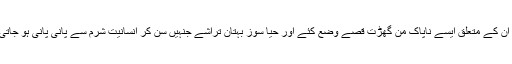
مگر انتہائی افسوس و تعجب ان اہل کتاب پر ہے جنہوں نے نبیوں کو نبی مان کر ان کے متعلق ایسے ناپاک من گھڑت قصّے وضع کئے اور حیا سوز بہتان تراشے جنہیں سن کر انسانیت شرم سے پانی پانی ہو جاتی ہے اور ایک انتہائی گنہگار آدمی بھی ان کے تصور سے نفرت کرنے لگتا ہے۔